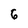
Character: 6